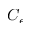
C _ { \epsilon }